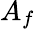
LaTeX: A_{f}